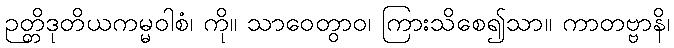
ဉတ္တိဒုတိယကမ္မဝါစံ၊ ကို။ သာဝေတွာဝ၊ ကြားသိစေ၍သာ။ ကာတဗ္ဗာနိ၊